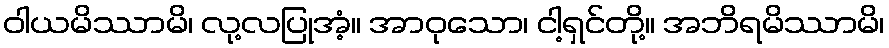
ဝါယမိဿာမိ၊ လု့လပြုအံ့။ အာဝုသော၊ ငါ့ရှင်တို့။ အဘိရမိဿာမိ၊